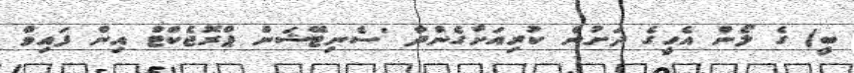
ބީ) ގެ ލޯން އެހީގެ ދަށުން ކުރިއަށްގެންދާ 'ސެނިޓޭޝަން ޕްރޮޖެކްޓް އިން ފައިވް